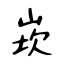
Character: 崁